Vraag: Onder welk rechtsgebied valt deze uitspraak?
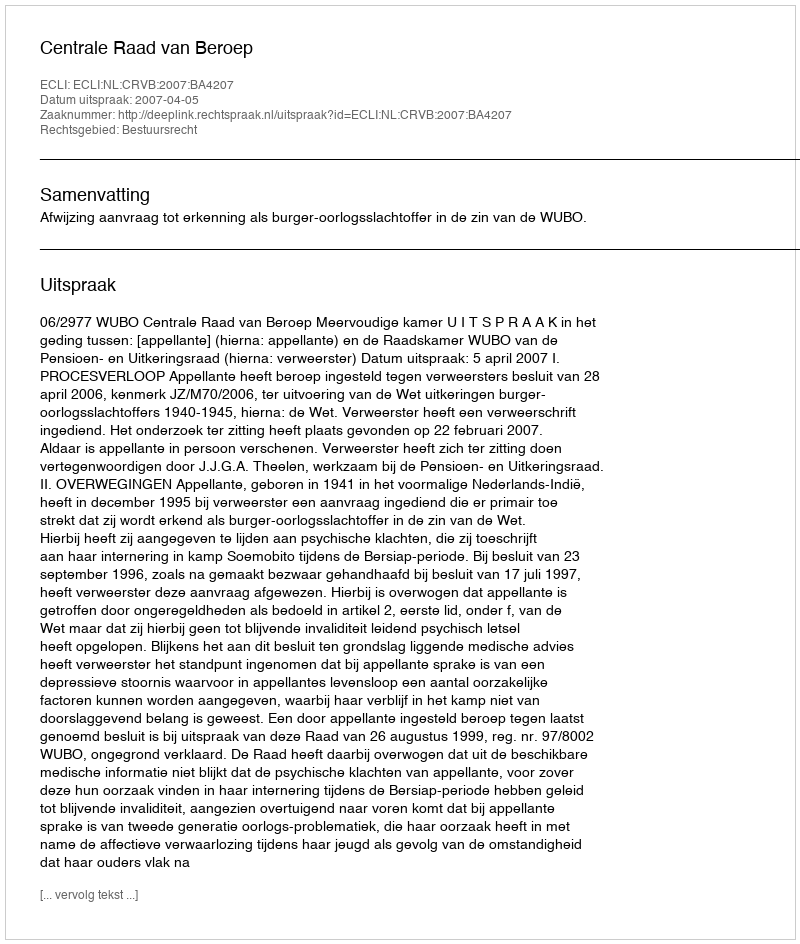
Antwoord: Bestuursrecht